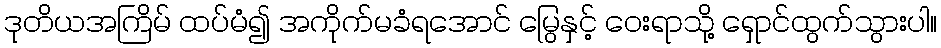
ဒုတိယအကြိမ် ထပ်မံ၍ အကိုက်မခံရအောင် မြွေနှင့် ဝေးရာသို့ ရှောင်ထွက်သွားပါ။